Report on inoculation in the plague infected areas of the Punjab and its dependencies from October 1900 to September 1901
Year: 1900
Disease focus: Plague
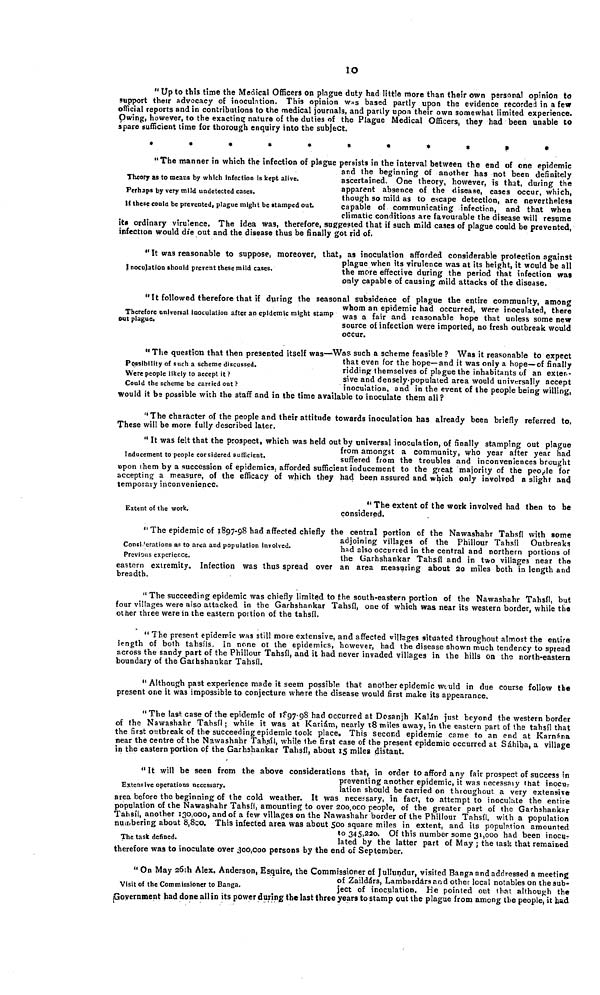
10
"Up to this time the Medical Officers on plague duty had little more than their own personal opinion to
support their advocacy of inoculation. This opinion was based partly upon the evidence recorded in a few
official reports and in contributions to the medical journals, and partly upon their own somewhat limited experience.
Owing, however, to the exacting nature of the duties of the Plague Medical Officers, they had been unable to
spare sufficient time for thorough enquiry into the subject.
Theory as to means by which infection is kept alive.
Perhaps by very mild undetected cases.
If these could be prevented, plague might be stamped out.
"The manner in which the infection of plague persists in the interval between the end of one epidemic
and the beginning of another has not been definitely
ascertained. One theory, however, is that, during the
apparent absence of the disease, cases occur, which,
though so mild as to escape detection, are nevertheless
capable of communicating infection, and that when
climatic conditions are favourable the disease will resume
its ordinary virulence. The idea was, therefore, suggested that if such mild cases of plague could be prevented,
infection would die out and the disease thus be finally got rid of.
I noculation should prevent these mild cases.
"It was reasonable to suppose, moreover, that, as inoculation afforded considerable prolection against
plague when its virulence was at its height, it would be all
the more effective during the period that infection was
only capable of causing mild attacks of the disease.
Therefore universal inoculation after an epidemic might stamp
out plague.
"It followed therefore that if during the seasonal subsidence of plague the entire community, among
whom an epidemic had occurred, were inoculated, there
was a fair and reasonable hope that unless some new
source of infection were imported, no fresh outbreak would
occur.
Possibility of such a scheme discussed.
Were people likely to accept it?
Could the scheme be carried out?
"The question that then presented itself was—Was such a scheme feasible ? Was it reasonable to expect
that even for the hope—and it was only a hope—of finally
ridding themselves of plague the inhabitants of an exter-
sive and densely-populated area would universally accept
inoculation, and in the event of the people being willing,
would it be possible with the staff and in the time available to inoculate them all ?
"The character of the people and their attitude towards inoculation has already been briefly referred to,
These will be more fully described later.
Inducement to people considered sufficient.
"It was felt that the prospect, which was held out by universal inoculation, of finally stamping out plague
from amongst a community, who year after year had
suffered from the troubles and inconveniences brought
upon them by a succession of epidemics, afforded sufficient inducement to the great majority of the people for
accepting a measure, of the efficacy of which they had been assured and which only involved a slight and
temporary inconvenience.
Extent of the work.
"The extent of the work involved had then to be
considered.
Consi 'erations as to area and population involved.
Previous experience.
"The epidemic of 1897-98 had affected chiefly the central portion of the Nawashahr Tahsfl with some
adjoining villages of the Phillour Tahsíl Outbreaks
had also occurred in the central and northern portions of
the Garhshankar Tahsíl and in two villages near the
eastern extremity. Infection was thus spread over an area measuring about 20 miles both in length and
breadth.
"The succeeding epidemic was chiefly limited to the south-eastern portion of the Nawashahr Tahsíl, but
four villages were also attacked in the Garhshankar Tahsíl, one of which was near its western border, while the
other three were in the eastern portion of the tahsíl.
"The present epidemic was still more extensive, and affected villages situated throughout almost the entire
length of both tahsíls. In none of the epidemics, however, had the disease shown much tendency to spread
across the sandy part of the Phillour Tahsíl, and it had never invaded villages in the hills on the north-eastern
boundary of the Garhshankar Tahsíl.
"Although past experience made it seem possible that another epidemic would in due course follow the
present one it was impossible to conjecture where the disease would first make its appearance.
"The last case of the epidemic of 1897-98 had occurred at Dosanjh Kalán just beyond the western border
of the Nawashahr Tahsíl; while it was at Kariám, nearly 18 miles away, in the eastern part of the tahsíl that
the first outbreak of the succeeding epidemic took place. This second epidemic came to an end at Karnána
near the centre of the Nawashahr Tahsíl, while the first case of the present epidemic occurred at Sáhiba, a village
in the eastern portion of the Garhshankar Tahsíl, about 15 miles distant.
Extensive operations necessary.
The task defined.
"It will be seen from the above considerations that, in order to afford any fair prospect of success in
preventing another epidemic, it was necessary that inocu-
lation should be carried on throughout a very extensive
area before the beginning of the cold weather. It was necessary, in fact, to attempt to inoculate the entire
population of the Nawashahr Tahsíl, amounting to over 200,000 people, of the greater part of the Garhshankar
Tahsíl, another 130,000, and of a few villages on the Nawashahr border of the Phillour Tahsíl, with a population
numbering about 8,800. This infected area was about 500 square miles in extent, and its population amounted
to 345,220. Of this number some 31,000 had been inocu-
lated by the latter part of May ; the task that remained
therefore was to inoculate over 300,000 persons by the end of September.
Visit of the Commissioner to Banga.
" On May 26th Alex. Anderson, Esquire, the Commissioner of Jullundur, visited Banga and addressed a meeting
of Zaildárs, Lambardárs and other local notables on the sub-
ject of inoculation. He pointed out that although the
Government had done all in its power during the last three years to stamp out the plague from among the people, it had